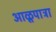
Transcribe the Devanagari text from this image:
आळूपात्रा